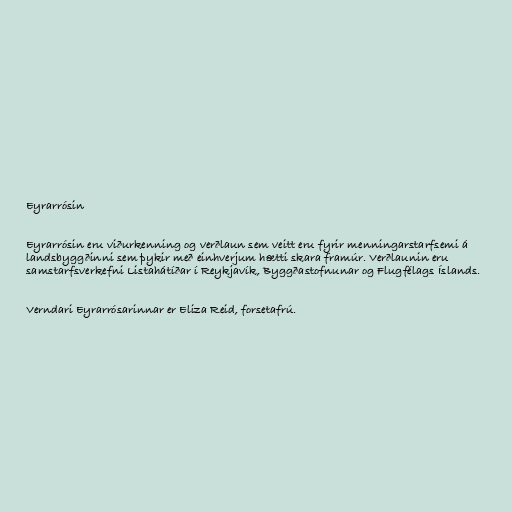
Eyrarrósin

Eyrarrósin eru viðurkenning og verðlaun sem veitt eru fyrir menningarstarfsemi á
landsbyggðinni sem þykir með einhverjum hætti skara framúr. Verðlaunin eru
samstarfsverkefni Listahátíðar í Reykjavík, Byggðastofnunar og Flugfélags Íslands.

Verndari Eyrarrósarinnar er Eliza Reid, forsetafrú.